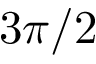
3 \pi / 2